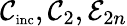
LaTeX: \mathcal{C}_{\textnormal{\scriptsize inc}},\mathcal{C}_{2},\mathcal{E}_{2n}